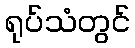
ရုပ်သံတွင်